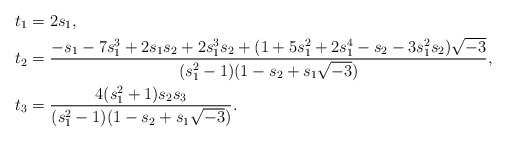
\begin{align*}t_1&=2s_1,\\t_2&=\frac{-s_1-7s_1^3+2s_1s_2+2s_1^3s_2+(1+5s_1^2+2s_1^4-s_2-3s_1^2s_2)\sqrt{-3}}{(s_1^2-1)(1-s_2+s_1\sqrt{-3})},\\t_3&=\frac{4(s_1^2+1)s_2s_3}{(s_1^2-1)(1-s_2+s_1\sqrt{-3})}.\end{align*}